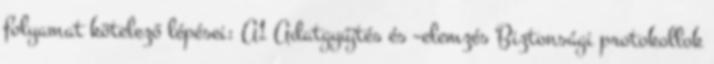
folyamat kötelező lépései: A1 Adatgyűjtés és –elemzés Biztonsági protokollok